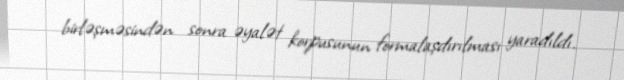
birləşməsindən sonra əyalət korpusunun formalaşdırılması yaradıldı.